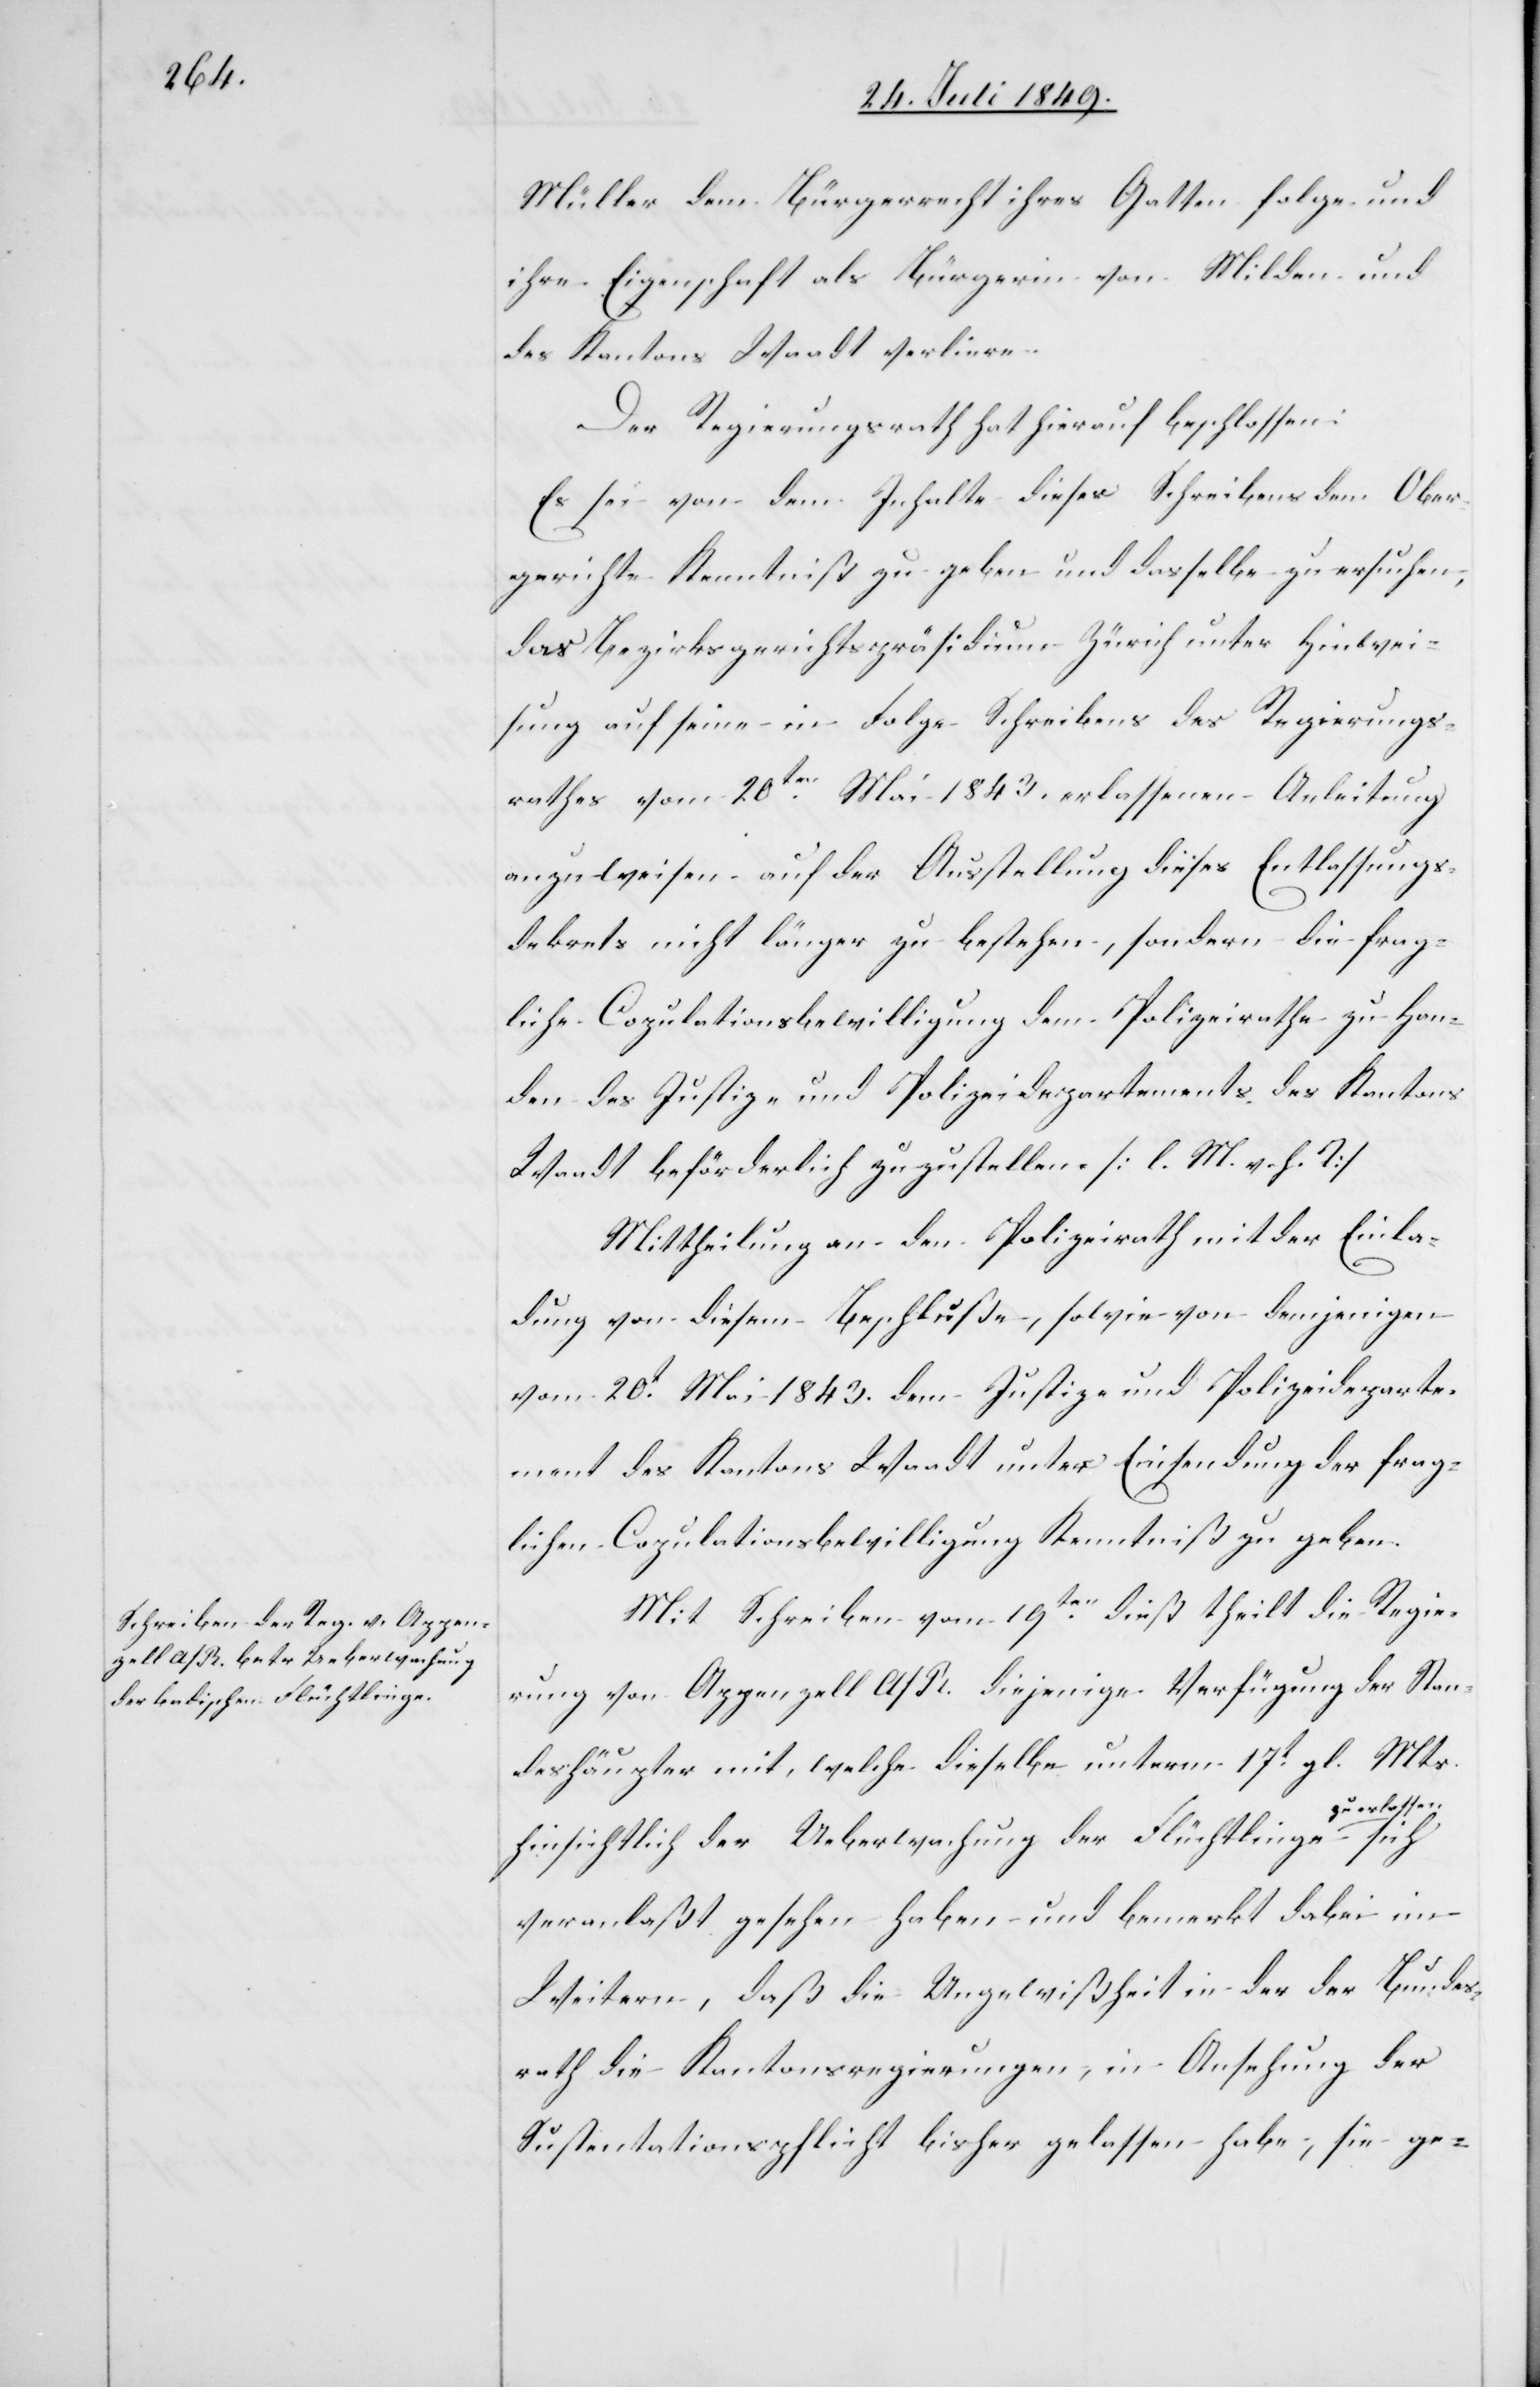
Müller dem Bürgerrecht ihres Gatten folge und
ihre Eigenschaft als Bürgerinn von Milden und
des Kantons Waadt verliere.
Der Regierungsrath hat hierauf beschlossen:
Es sei von dem Inhalte dieses Schreibens dem Ober¬
gerichte Kenntniß zu geben und dasselbe zu ersuchen,
das Bezirksgerichtspräsidium Zürich unter Hinwei¬
sung auf seine in Folge Schreibens des Regierungs¬
rathes vom 20ten Mai 1843. erlassenen Anleitung
anzuweisen auf der Ausstellung dieses Entlassungs¬
dekrets nicht länger zu bestehen, sondern die frag¬
liche Copulationsbewilligung dem Polizeirathe zu Han¬
den des Justiz- und Polizeidepartements des Kantons
Waadt beförderlich zuzustellen. [l. M. v. h. T]
Mittheilung an den Polizeirath mit der Einla¬
dung von diesem Beschluße, sowie von demjenigen
vom 20t Mai 1843. dem Justiz- und Polizeideparte¬
ment des Kantons Waadt unter Einsendung der frag¬
lichen Copulationsbewilligung Kenntniß zu geben.
Mit Schreiben vom 19ten dieß theilt die Regie¬
rung von Appenzell A/R. diejenige Verfügung der Stan¬
deshäupter mit, welche dieselbe unterm 17t gl. Mts.
hinsichtlich der Ueberwachung der Flüchtlinge a-zu
veranlaßt gesehen haben und bemerkt dabei im
Weitern, daß die Ungewißheit in der der Bundes¬
rath die Kantonsregierungen, in Ansehung der
Sustentationspflicht bisher gelassen habe, sie ge-